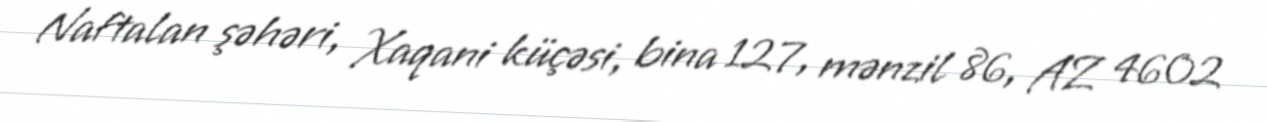
Naftalan şəhəri, Xaqani küçəsi, bina 127, mənzil 86, AZ 4602